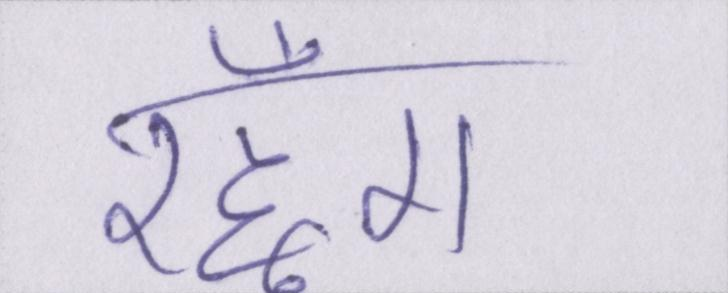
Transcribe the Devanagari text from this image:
रहूँगा।